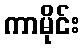
ကာမိုင်း